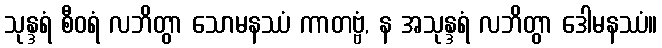
သုန္ဒရံ စီဝရံ လဘိတွာ သောမနဿံ ကာတဗ္ဗံ, န အသုန္ဒရံ လဘိတွာ ဒေါမနဿံ။